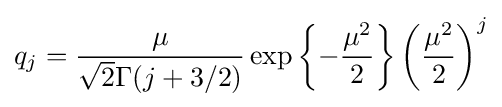
q_{j}={\frac {\mu }{{\sqrt {2}}\Gamma (j+3/2)}}\exp \left\{-{\frac {\mu ^{2}}{2}}\right\}\left({\frac {\mu ^{2}}{2}}\right)^{j}